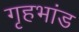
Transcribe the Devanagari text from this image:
गृहभांड